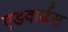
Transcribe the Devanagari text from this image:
एडवार्डस